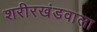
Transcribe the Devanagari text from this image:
शरीरखंडवाला